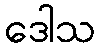
ဒေါသ